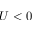
U < 0